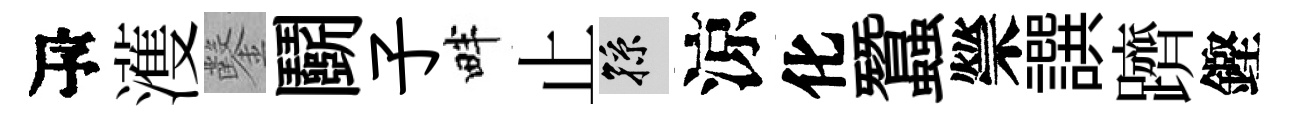
瓴濩鑿鬬子畔止孫涼化蠶禜譔躋鏗